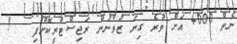
ނެތް 4000 އަށް ވުރެ ގިނަ ޒުވާނުން ރަޖިސްޓްރީކޮށްފި   !